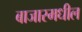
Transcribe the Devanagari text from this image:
बाजारमधील